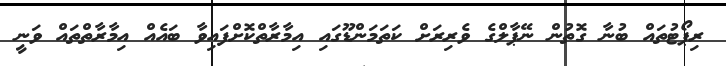
ރިޕޯޓުތައް ބުނާ ގޮތުން ނޭޕާލްގެ ވެރިރަށް ކަތަމަންޑޫގައި އިމާރާތްކޮޮށްފައިވާ ބައެއް އިމާރާތްތައް ވަނީ